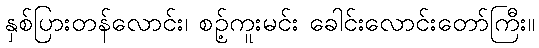
နှစ်ပြားတန်လောင်း၊ စဉ့်ကူးမင်း ခေါင်းလောင်းတော်ကြီး။